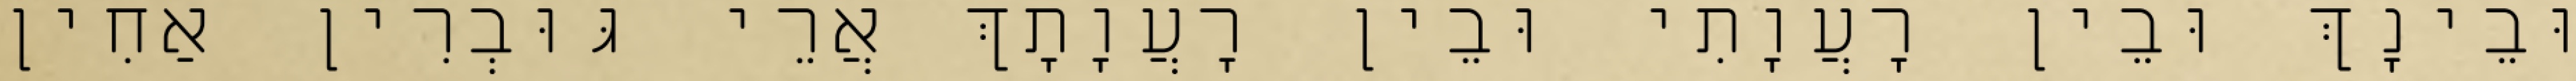
וּבֵינָךְ וּבֵין רָעֲוָתִי וּבֵין רָעֲוָתָךְ אֲרֵי גּוּבְרִין אַחִין